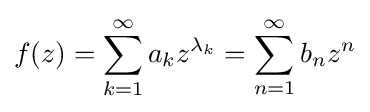
f(z)=\sum _{k=1}^{\infty }a_{k}z^{\lambda _{k}}=\sum _{n=1}^{\infty }b_{n}z^{n}